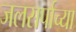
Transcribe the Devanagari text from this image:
जलसर्पाच्या